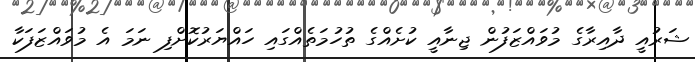
ޝަރުއީ ދާއިރާގެ މުވައްޒަފުން ޖިނާއީ ކުށެއްގެ ތުހުމަތެއްގައި ހައްޔަރުކޮށްފި ނަމަ އެ މުވައްޒަފަކާ